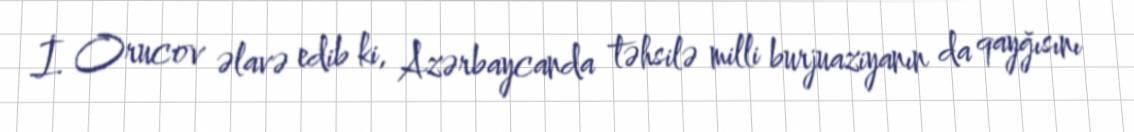
İ. Orucov əlavə edib ki, Azərbaycanda təhsilə milli burjuaziyanın da qayğısını